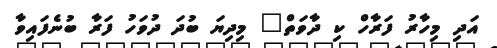
އަދި މިހާރު ފަރާހް ކި ދާވަތް" މިދިޔަ ބުދަ ދުވަހު ފަރާ ބުނެފައިވާ